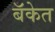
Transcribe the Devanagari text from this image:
बॅकेत